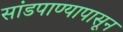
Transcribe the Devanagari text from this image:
सांडपाण्यापासून